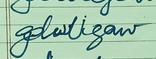
Signature authenticity: forged